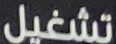
تشغيل